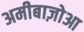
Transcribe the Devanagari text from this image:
अमीबाज़ोआ